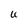
Character: U